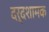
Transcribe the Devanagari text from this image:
दर्दशामक